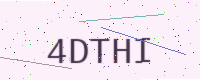
Text: 4DTHI